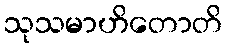
သုသမာဟိတောတိ